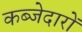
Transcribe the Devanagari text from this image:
कब्जेदारों